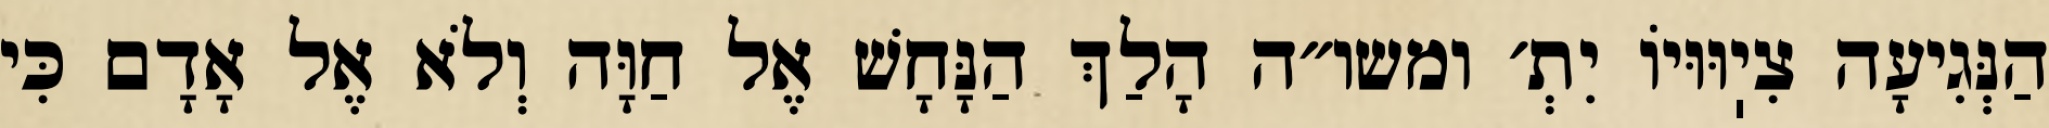
הַנְּגִיעָה צִיֽוּוּיוֹ יִתְ׳ ומשו״ה הָלַךְ הַנָּחָשׁ אֶל חַוָּה וְלֹא אֶל אָדָם כִּי